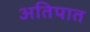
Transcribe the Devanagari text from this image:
अतिपात